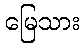
မြေသား